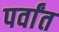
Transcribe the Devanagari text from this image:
पर्वांत